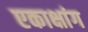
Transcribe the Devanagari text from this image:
एकाक्षांग